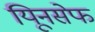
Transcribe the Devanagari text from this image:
यिूनसेफ